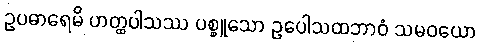
ဥပဓာရေမိ ဟတ္ထပါသဿ ပစ္စူသော ဥပေါသထဘာဝံ သမဝယော